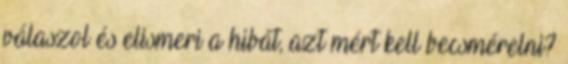
válaszol és elismeri a hibát, azt mért kell becsmérelni?